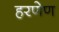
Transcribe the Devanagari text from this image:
हरणेण